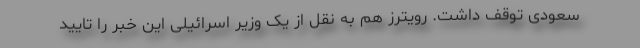
سعودی توقف داشت. رویترز هم به نقل از یک وزیر اسرائیلی این خبر را تایید